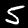
Digit: 5